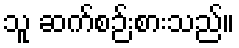
သူ ဆက်စဉ်းစားသည်။